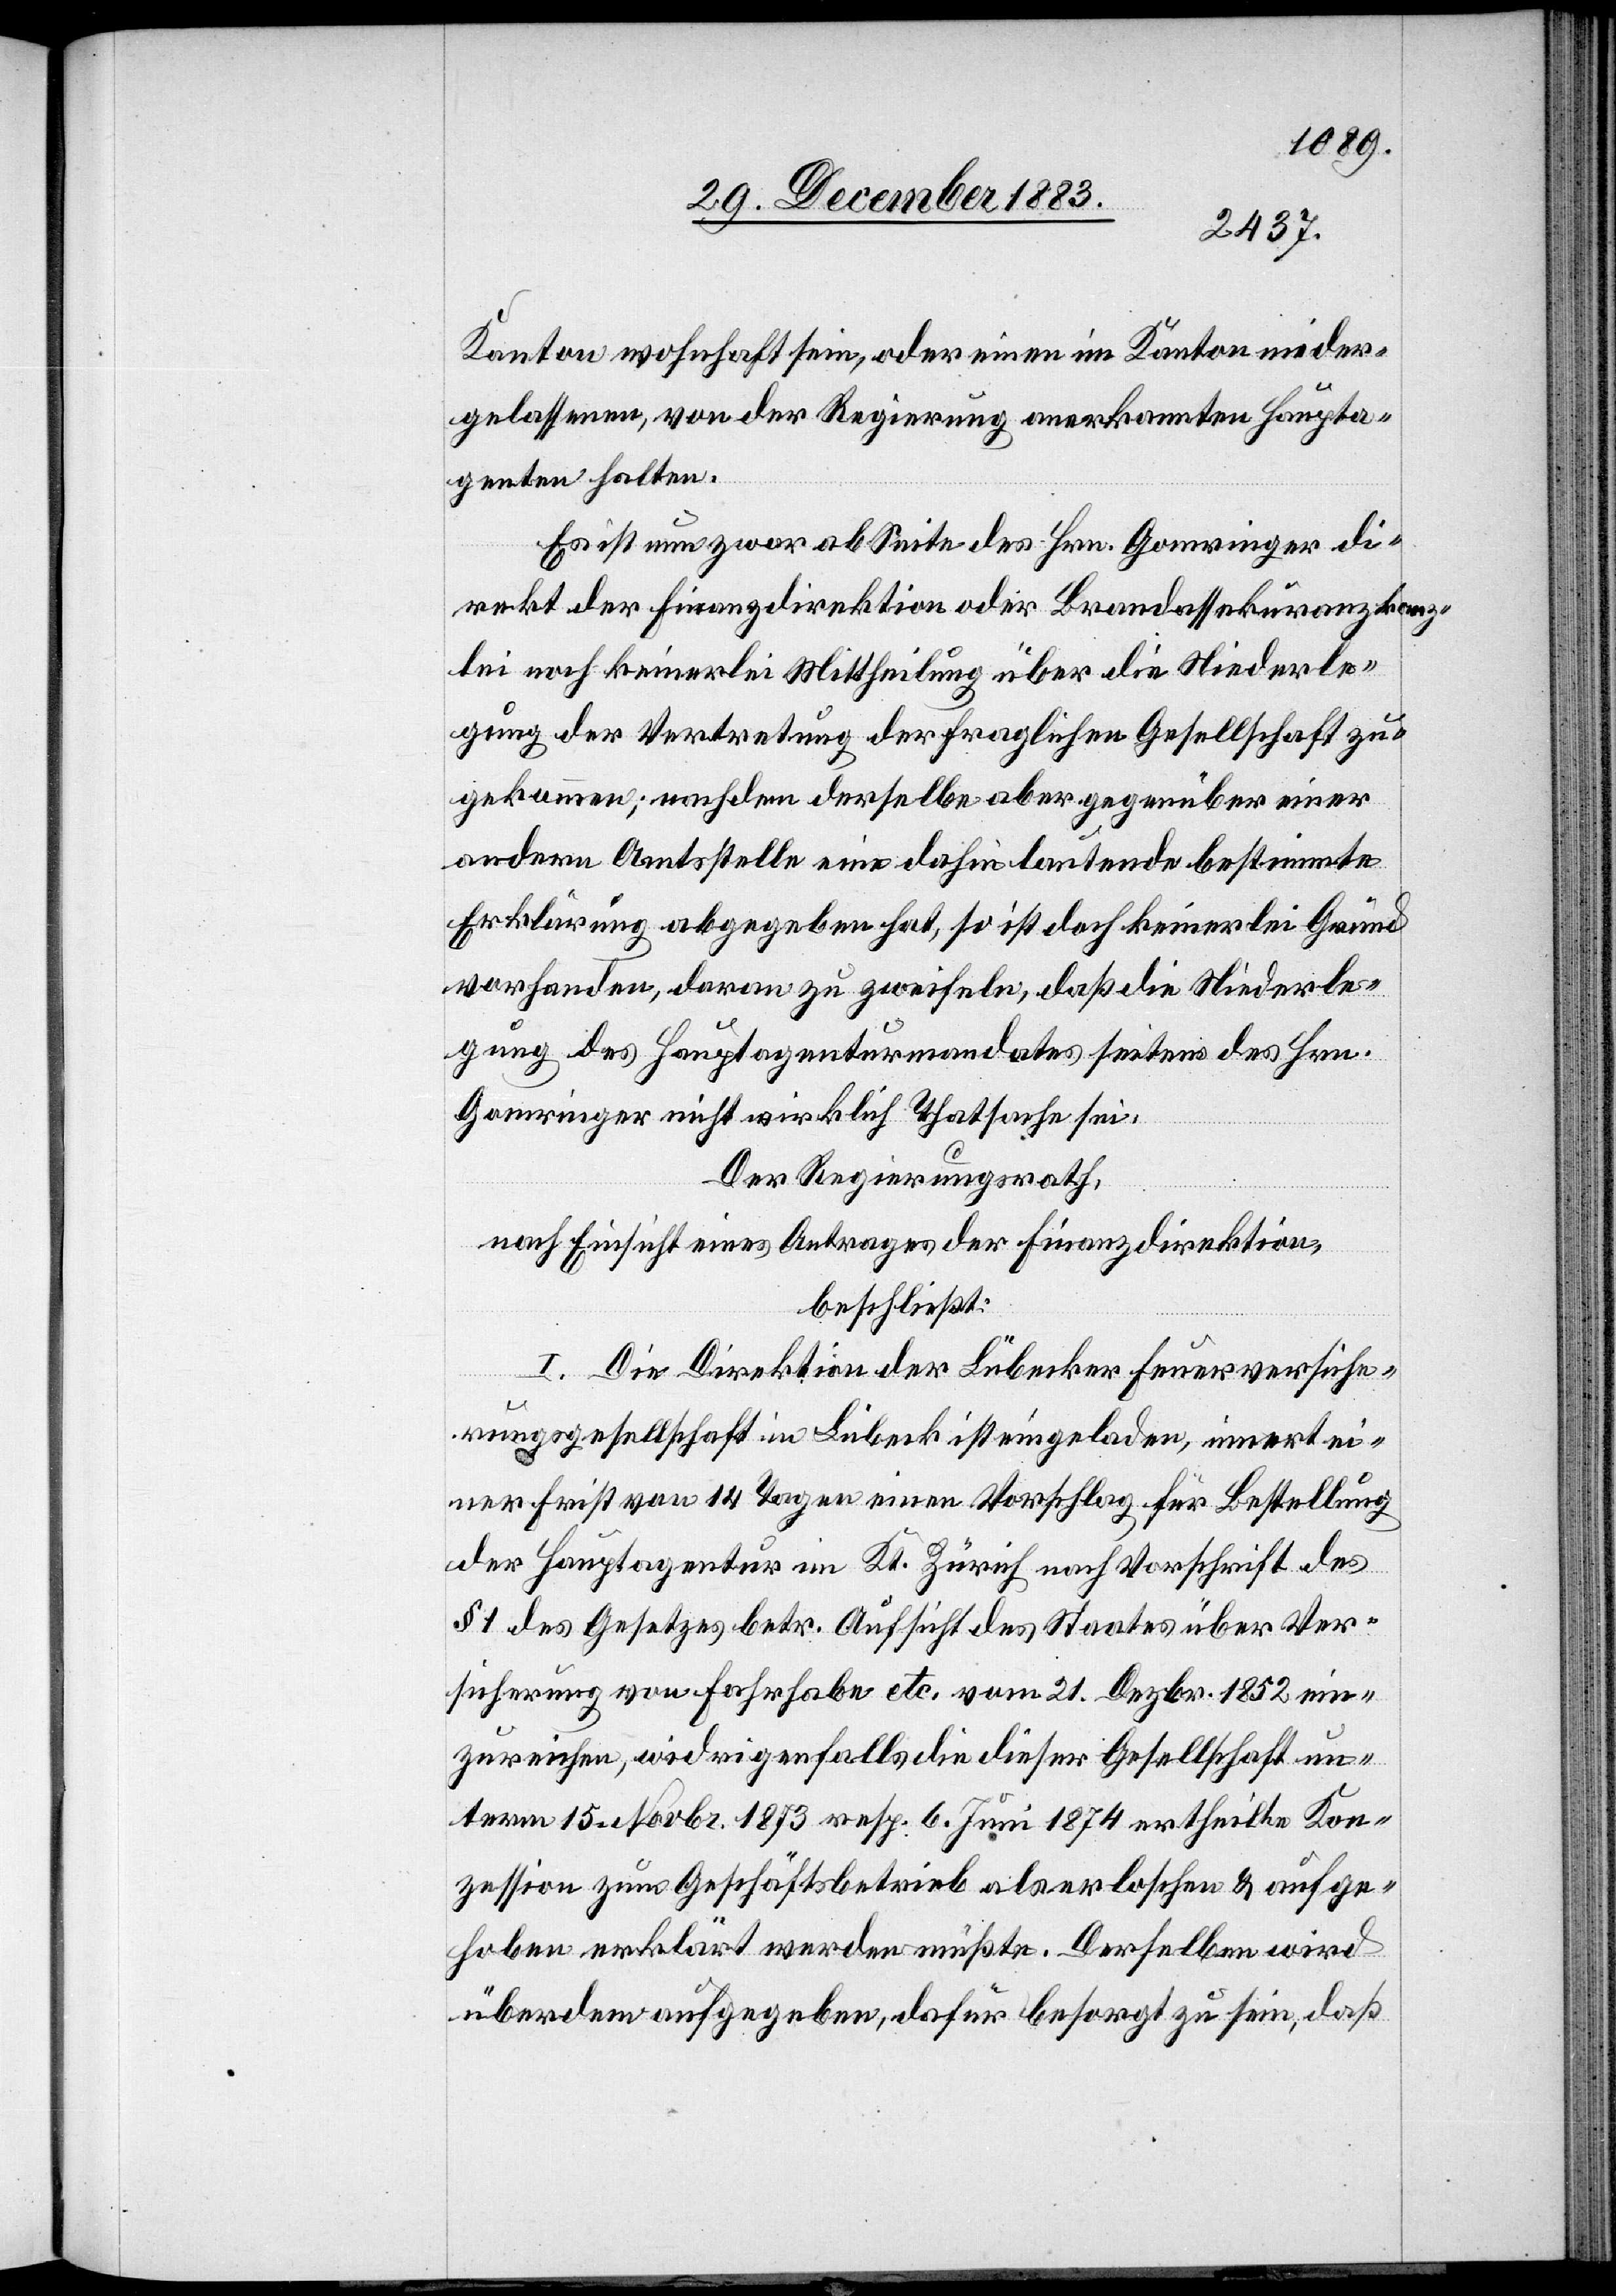
Kanton wohnhaft sein, oder einen im Kanton nieder¬
gelassenen, von der Regierung anerkannten Haupta¬
genten halten.
Es ist nun zwar ab Seite des Hrn. Gomringer di¬
rekt der Finanzdirektion oder Brandassekuranzkanz¬
lei noch keinerlei Mittheilung über die Niederle¬
gung der Vertretung der fraglichen Gesellschaft zu¬
gekommen; nachdem derselbe aber gegenüber einer
andern Amtsstelle eine dahin lautende bestimmte
Erklärung abgegeben hat, so ist doch keinerlei Grund
vorhanden, daran zu zweifeln, daß die Niederle¬
gung des Hautagenturmandates seitens des Hrn.
Gomringer nicht wirklich Thatsache sei.
Der Regierungsrath,
nach Einsicht eines Antrages der Finanzdirektion,
beschließt:
I. Die Direktion der Lübecker Feuerversiche¬
rungsgesellschaft in Lübeck ist eingeladen, innert ei¬
ner Frist von 14. Tagen einen Vorschlag für Bestellung
der Hauptagentur im Kt. Zürich nach Vorschrift des
§ 1 des Gesetzes betr. Aufsicht des Staates über Ver¬
sicherung von Fahrhabe etc. vom 21. Dezbr. 1852 ein¬
zureichen, widrigenfalls die dieser Gesellschaft un¬
term 15. Novbr. 1873 resp. 6. Juni 1874 ertheilte Kon¬
zession zum Geschäftsbetrieb als erloschen & aufge¬
hoben erklärt werden müßte. Derselben wird
überdem aufgegeben, dafür besorgt zu sein, daß